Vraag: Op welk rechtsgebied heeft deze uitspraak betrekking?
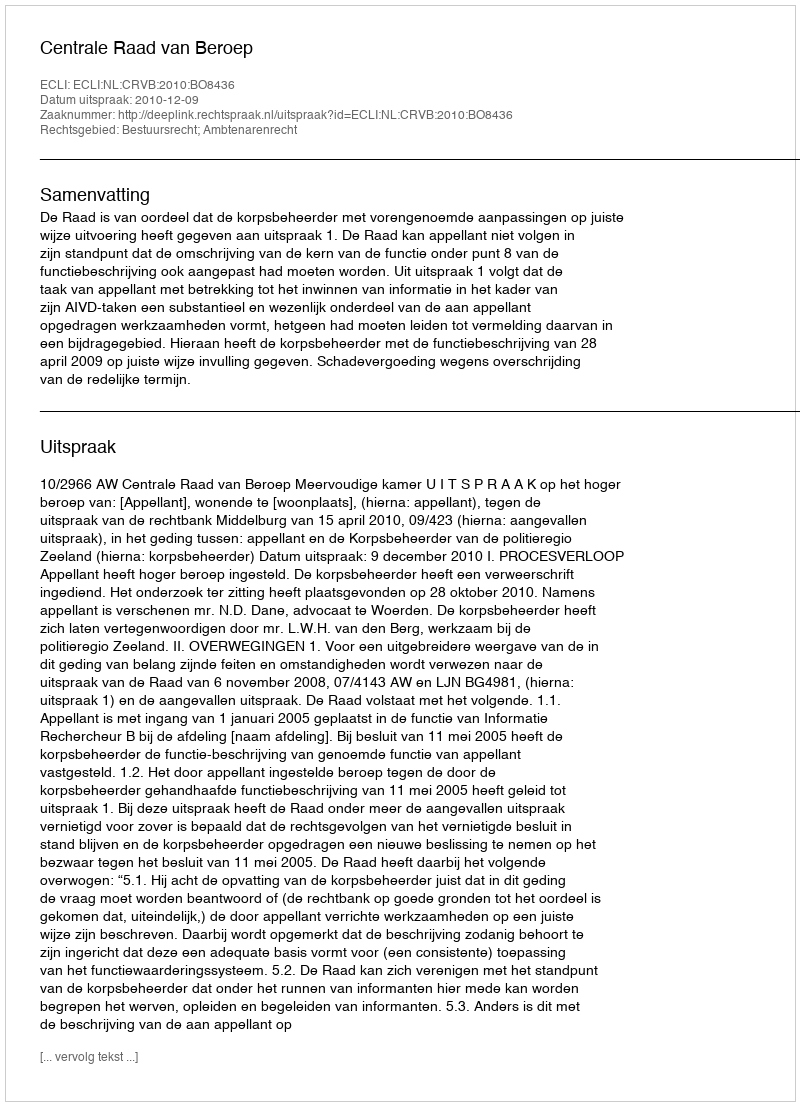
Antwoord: Bestuursrecht; Ambtenarenrecht